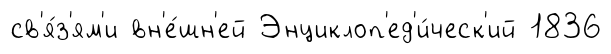
св'я́з'ям'и вн'е́шн'ей Энциклоп'ед'и́ческ'ий 1836